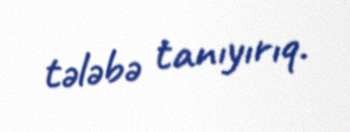
tələbə tanıyırıq.